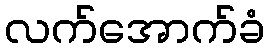
လက်အောက်ခံ